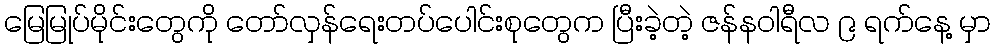
မြေမြုပ်မိုင်းတွေကို တော်လှန်ရေးတပ်ပေါင်းစုတွေက ပြီးခဲ့တဲ့ ဇန်နဝါရီလ ၉ ရက်နေ့ မှာ